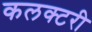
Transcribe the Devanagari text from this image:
कलक्टरी